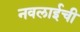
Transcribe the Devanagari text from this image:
नवलाईची